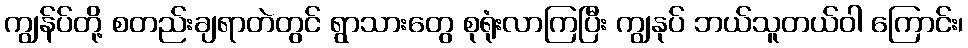
ကျွန်ပ်တို့ စတည်းချရာတဲတွင် ရွာသားတွေ စုရုံးလာကြပြီး ကျွနုပ် ဘယ်သူတယ်ဝါ ကြောင်း၊